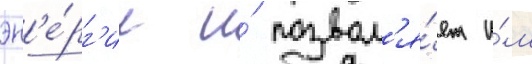
эн'е́рг'ии и́ позвол'я́ет и́м